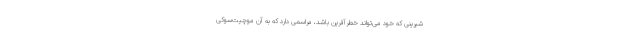
شیرینی که خود می‌تواند خطرآفرین باشد، مراسمی دارد که به آن موچیت‌سوکی